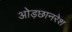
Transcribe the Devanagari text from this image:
ओड़छानरेश